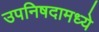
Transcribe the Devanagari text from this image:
उपनिषदामध्ये